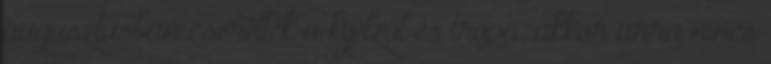
augusztusban cserélték a kijelzőt és tropa, akkor arra nincs